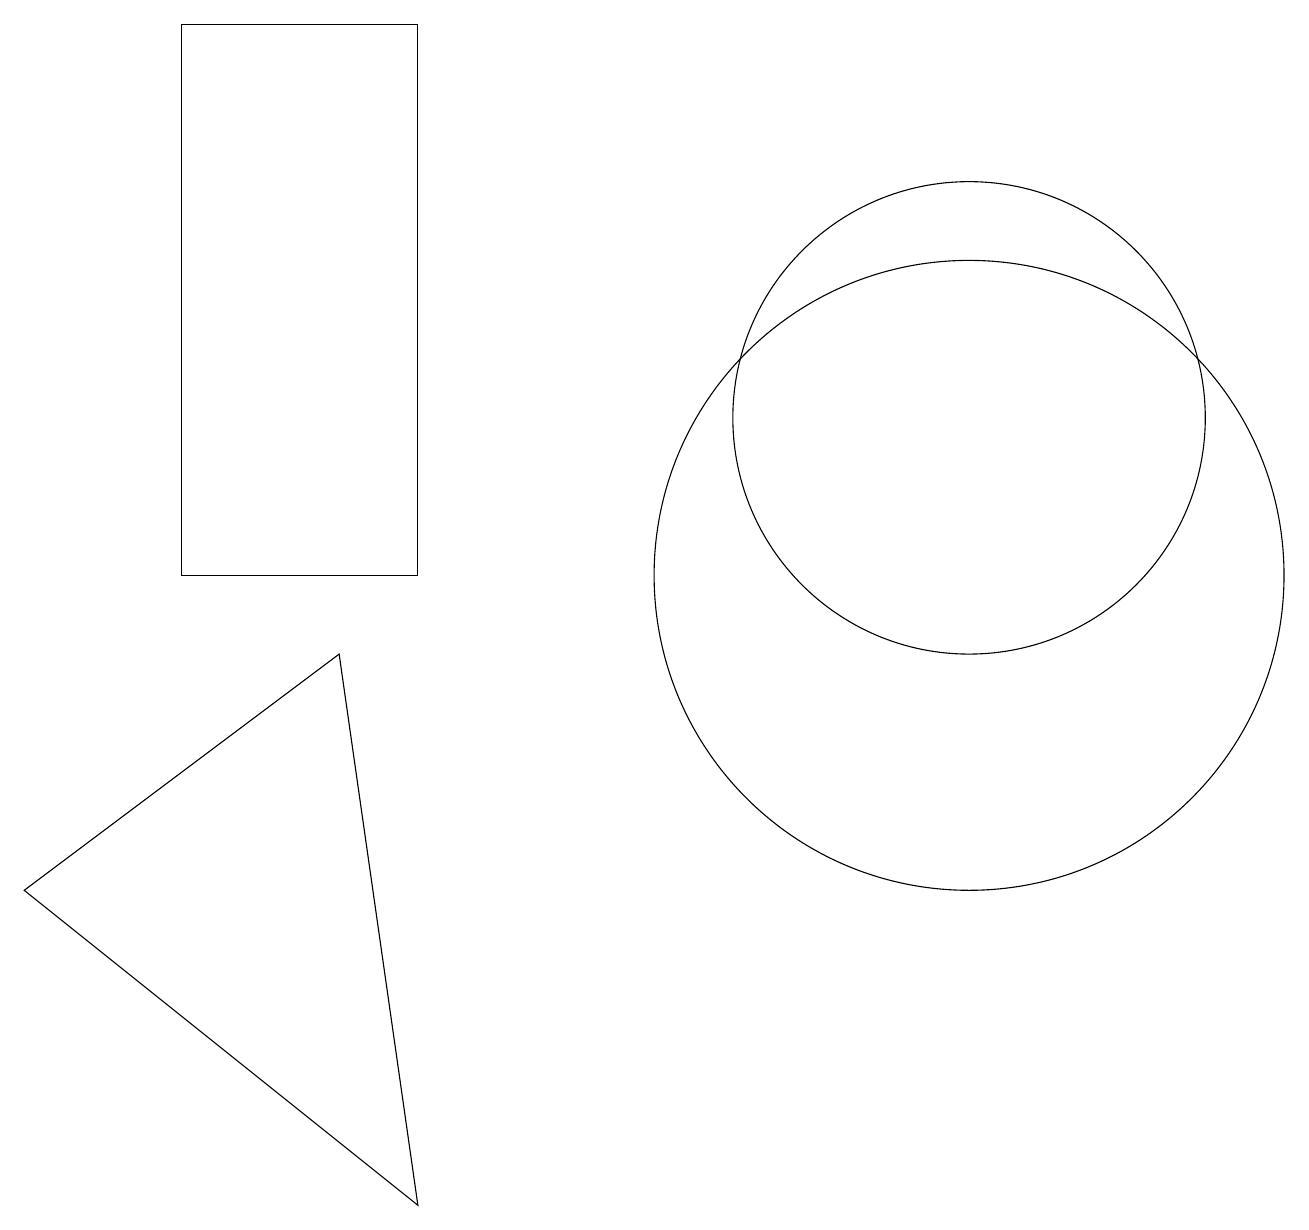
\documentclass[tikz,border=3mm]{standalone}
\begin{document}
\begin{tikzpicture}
\draw (12,10) circle (4);
\draw (4,9) -- (0,6) -- (5,2) -- cycle;
\draw (5,10) rectangle (2,17);
\draw (12,12) circle (3);
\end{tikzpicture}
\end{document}